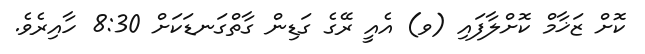
ކޮށް ޒަޚާމް ކޮށްލާފައި (ވ) އެއީ ރޭގެ ގަޑިން ގާތްގަނޑަކަށް 8:30 ހާއިރެވެ.